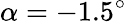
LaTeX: \alpha=-1.5^{\circ}